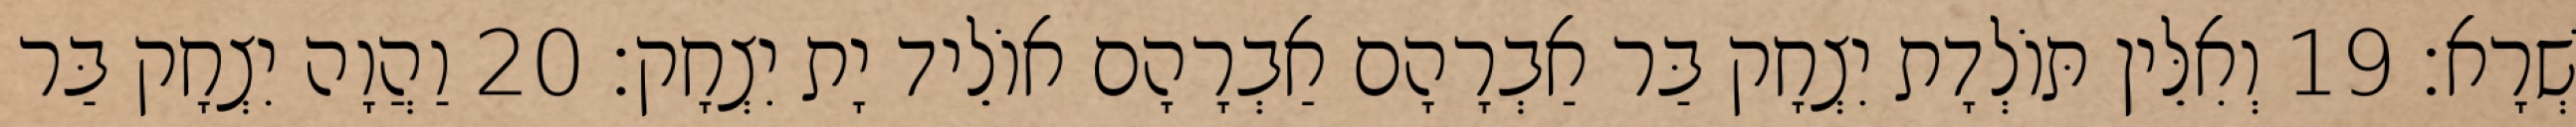
שְׁרָא׃ 19 וְאִלֵּין תּוֹלְדָת יִצְחָק בַּר אַבְרָהָם אַבְרָהָם אוֹלֵיד יָת יִצְחָק׃ 20 וַהֲוָה יִצְחָק בַּר